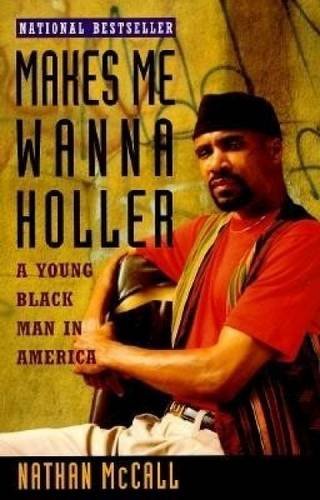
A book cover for Makes Me Wanna Holler: A Young Black Man in America; Nathan McCall; Biographies & Memoirs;